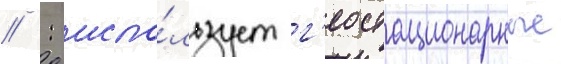
 : испо́льзует г'еостационарные